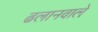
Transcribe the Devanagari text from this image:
ढलानवाले